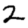
Digit: 2